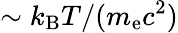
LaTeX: \sim k_{\mathrm{B}}T/(m_{\mathrm{e}}c^{2})